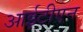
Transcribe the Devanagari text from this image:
आईटीएन